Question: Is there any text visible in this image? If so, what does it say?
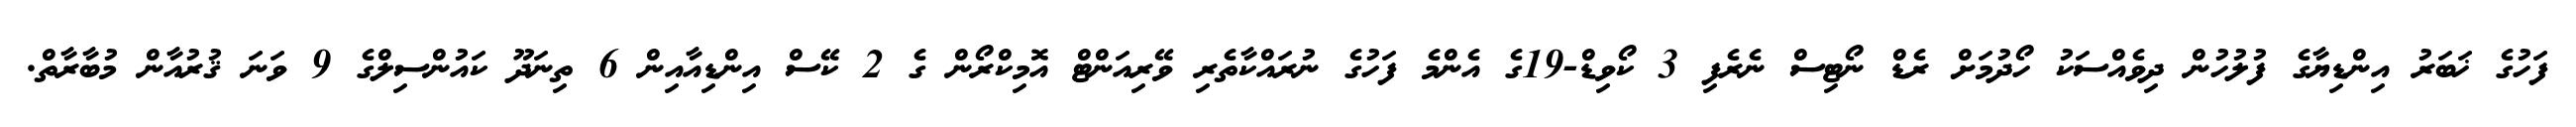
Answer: ފަހުގެ ޚަބަރު އިންޑިޔާގެ ފުލުހުން ދިވެއްސަކު ހޯދުމަށް ރެޑް ނޯޓިސް ނެރެފި 3 ކޯވިޑް-19ގެ އެންމެ ފަހުގެ ނުރައްކާތެރި ވޭރިއަންޓް އޮމިކްރޯން ގެ 2 ކޭސް އިންޑިއާއިން 6 ތިނަދޫ ކައުންސިލްގެ 9 ވަނަ ޤުރުއާން މުބާރާތް.